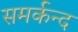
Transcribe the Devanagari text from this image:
समर्कन्द